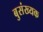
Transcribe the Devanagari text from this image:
बुसंख्यक